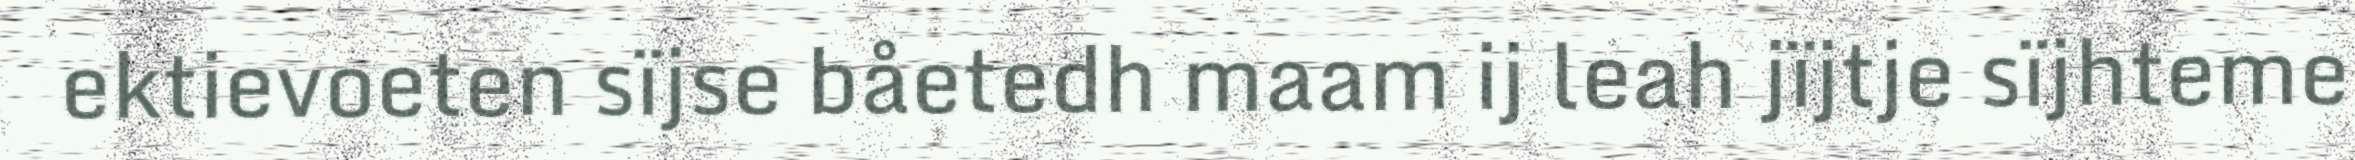
ektievoeten sïjse båetedh maam ij leah jïjtje sïjhteme